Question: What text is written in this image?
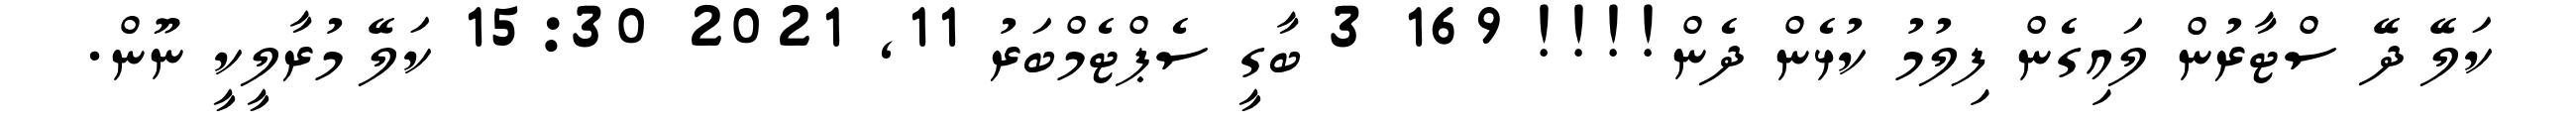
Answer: ކަލޭ ދޭ ސްޓާރުން ލައިގެން ފިލުމު ކުޅެން ދެން!!!! 169 3 ބާގީ ސެޕްޓެމްބަރު 11, 2021 15:30 ކަލޭ މުރާލީކީ ނޫން.